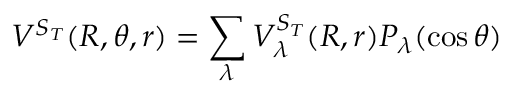
V ^ { S _ { T } } ( R , \theta , r ) = \sum _ { \lambda } V _ { \lambda } ^ { S _ { T } } ( R , r ) P _ { \lambda } ( \cos \theta )